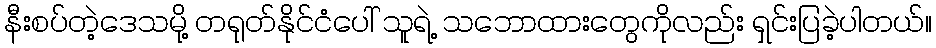
နီးစပ်တဲ့ဒေသမို့ တရုတ်နိုင်ငံပေါ် သူရဲ့ သဘောထားတွေကိုလည်း ရှင်းပြခဲ့ပါတယ်။